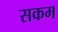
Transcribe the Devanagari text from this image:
सकम